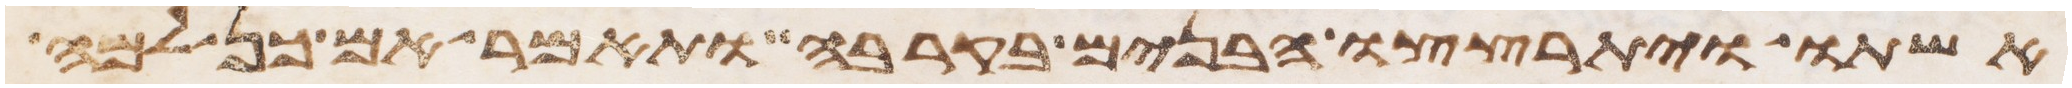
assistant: אשתו ויתרצצו הבנים בקרבה ותאמר אם כן למה